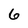
Character: 6